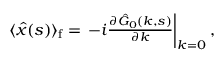
\begin{array} { r } { \langle \hat { x } ( s ) \rangle _ { \mathrm { f } } = \left. - i \frac { \partial \hat { G } _ { 0 } ( k , s ) } { \partial k } \right| _ { k = 0 } , } \end{array}